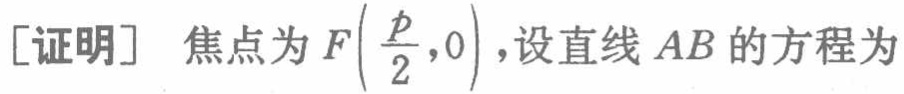
[证明] 焦点为 \(F\left(\frac{p}{2},0\right)\)，设直线 \(AB\) 的方程为